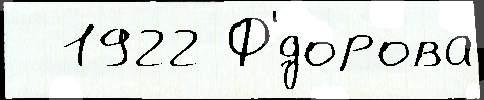
  1922 Ф'́дорова